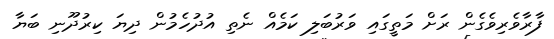
ފާރާވެރިވެގެން ރަށް މަތީގައި ވަރުބަލި ކަމެއް ނެތި އުދުހެމުން ދިޔަ ކިރުދޫނި ބަޔާ